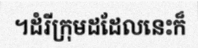
។ដំរីក្រុមដដែលនេះក៏